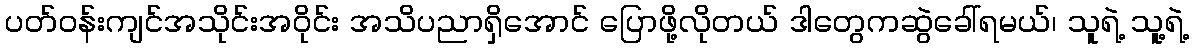
ပတ်ဝန်းကျင်အသိုင်းအဝိုင်း အသိပညာရှိအောင် ပြောဖို့လိုတယ် ဒါတွေကဆွဲခေါ်ရမယ်၊ သူရဲ့ သူ့ရဲ့